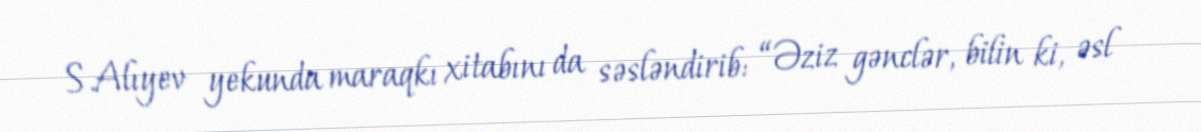
S.Alıyev yekunda maraqkı xitabını da səsləndirib: “Əziz gənclər, bilin ki, əsl